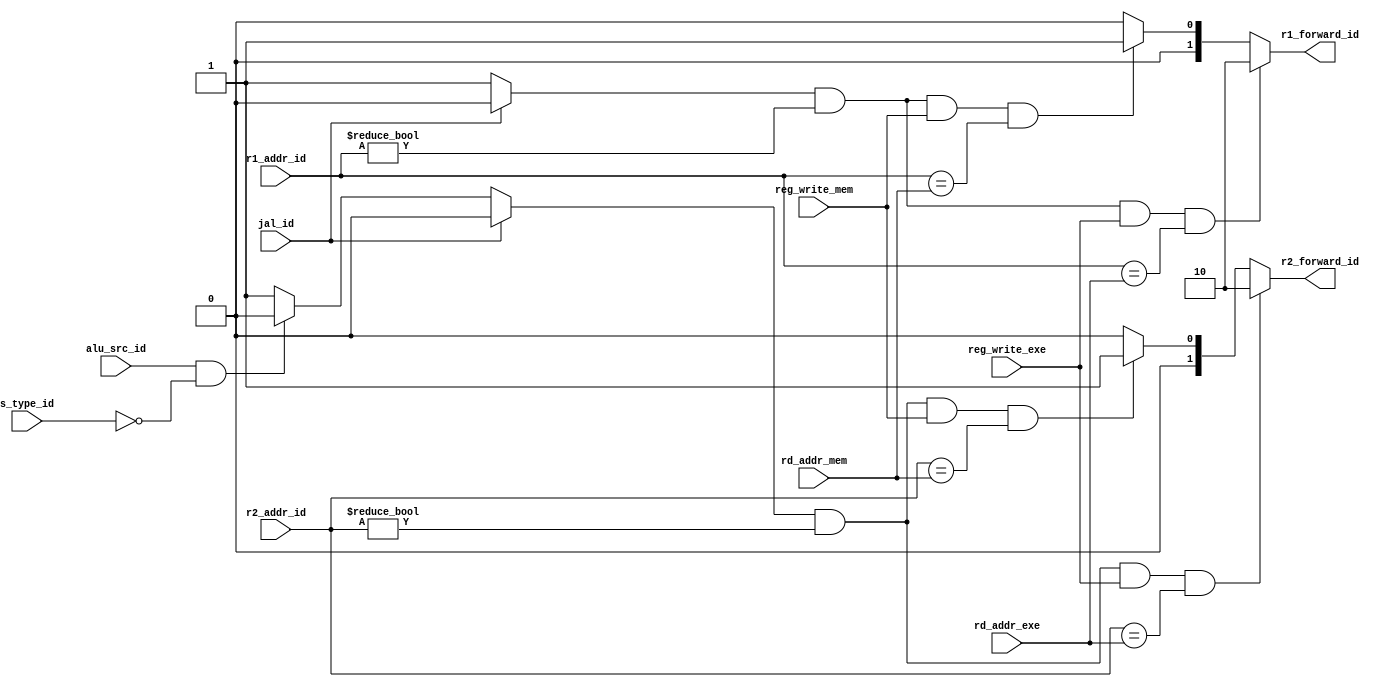
module ForwardCalculator (
    input alu_src_id, s_type_id, jal_id,
    input reg_write_exe, reg_write_mem,
    input [4:0] r1_addr_id, r2_addr_id,
    input [4:0] rd_addr_exe, rd_addr_mem,
    output [1:0] r1_forward_id, r2_forward_id
);
    wire r1_used, r2_used;
    reg [1:0] r1_forward_, r2_forward_;
    
    assign r1_used = (jal_id == 1) ? 0 : 1;
    assign r2_used = (jal_id == 1) ? 0 :
                        (alu_src_id == 1 && s_type_id == 0) ? 0 : 1;

    always @(*) begin
        if (r1_used && (r1_addr_id != 0) && reg_write_exe && (r1_addr_id == rd_addr_exe)) r1_forward_ = 'd2;
        else if (r1_used && (r1_addr_id != 0) && reg_write_mem && (r1_addr_id == rd_addr_mem)) r1_forward_ = 'd1;
        else r1_forward_ = 'd0;

        if (r2_used && (r2_addr_id != 0) && reg_write_exe && (r2_addr_id == rd_addr_exe)) r2_forward_ = 'd2;
        else if (r2_used && (r2_addr_id != 0) && reg_write_mem && (r2_addr_id == rd_addr_mem)) r2_forward_ = 'd1;
        else r2_forward_ = 'd0;
    end

    assign r1_forward_id = r1_forward_;
    assign r2_forward_id = r2_forward_;

    
endmodule